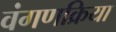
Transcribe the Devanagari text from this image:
वंगणक्रिया